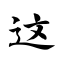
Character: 这